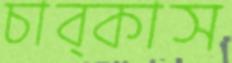
চাব্‌কাস